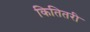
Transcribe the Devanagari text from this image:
कितितरी